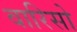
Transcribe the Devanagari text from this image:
वारिसो